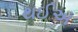
થઈઅ